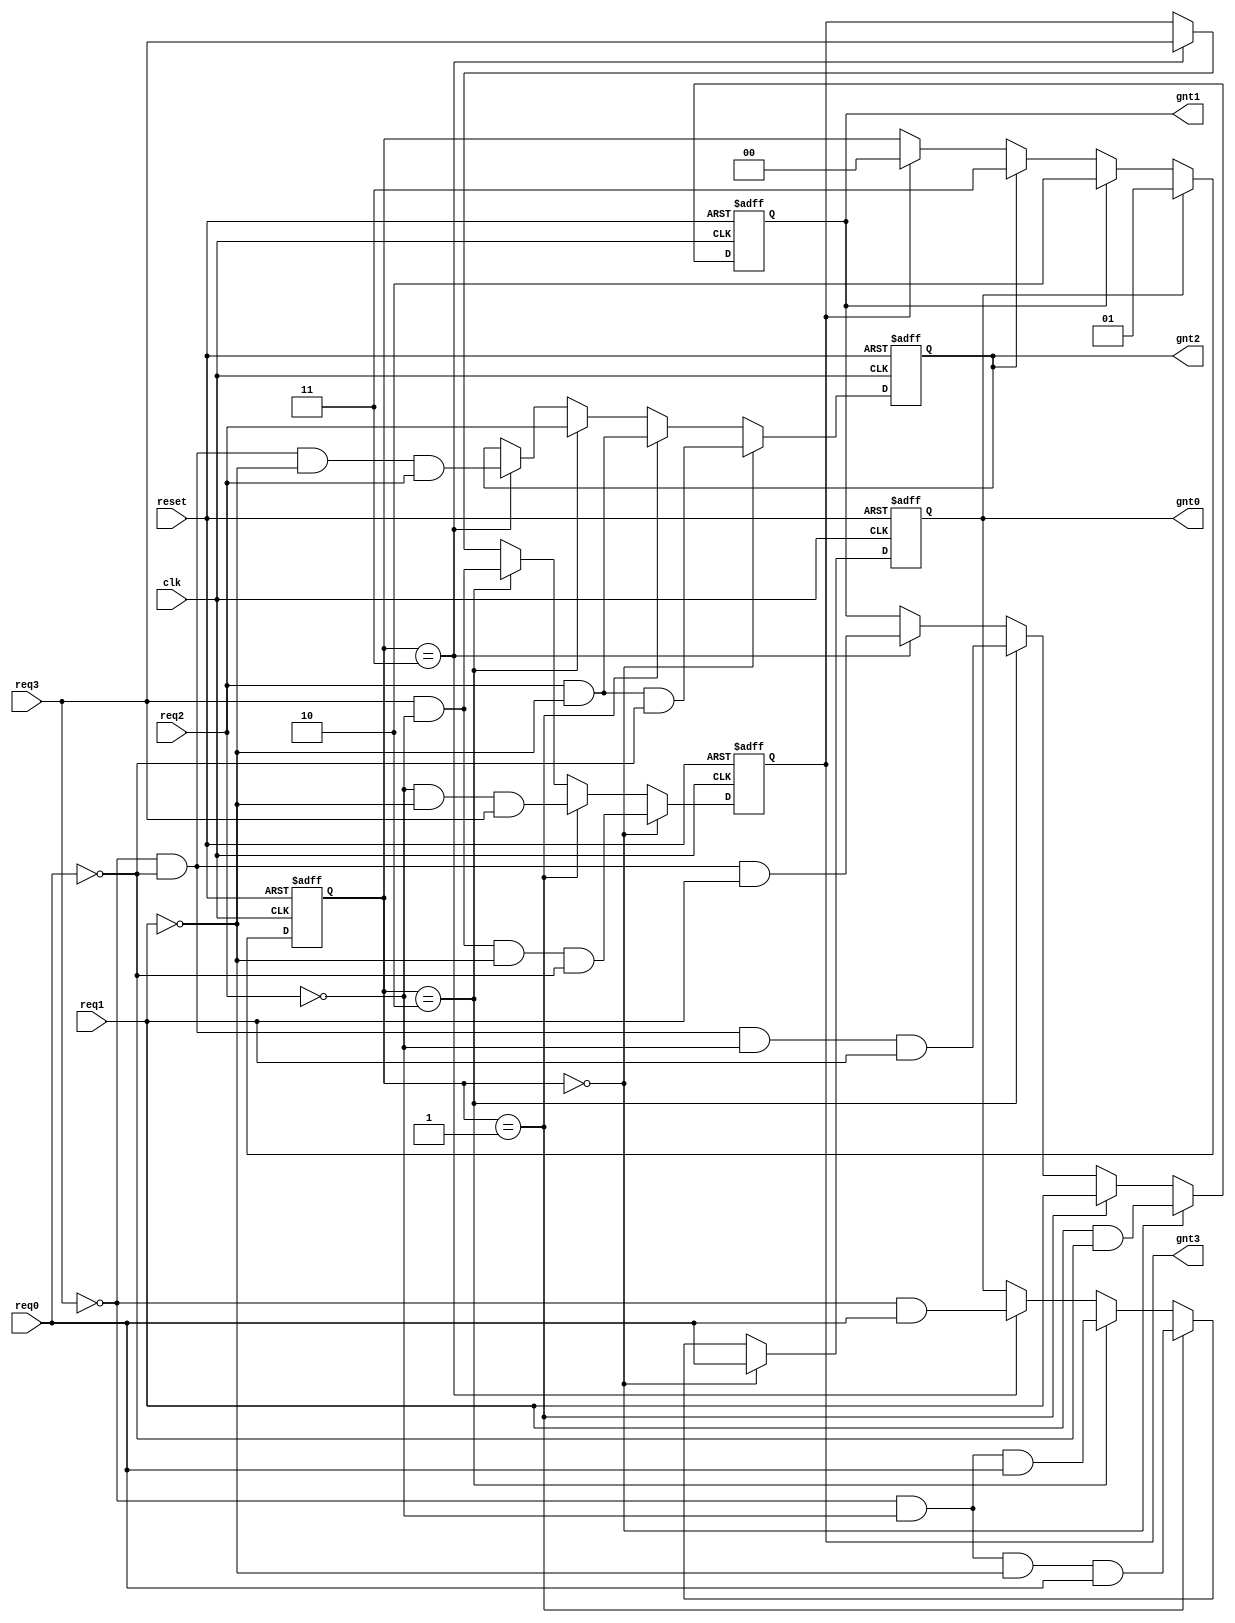
//----------------------------------------------------
// A four level, round-robin arbiter. 
// Nizar Dahir 2014
//----------------------------------------------------
module rr_arbiter (
  clk,    
  reset,    
  req0,   
  req1,   
  req2,   
  req3,   
  gnt0,   
  gnt1,   
  gnt2,   
  gnt3
);

// --------------Port Declaration----------------------- 
input           clk;    
input           reset;    

input           req0;   
input           req1;   
input           req2;   
input           req3;   
// input [1:0]     id; 
output  reg        gnt0;   
output  reg        gnt1;   
output  reg        gnt2;   
output  reg        gnt3;   

//--------------state register ----------------------- 
reg [1:0] state;

//--------------Code Starts Here----------------------- 
always @(posedge clk or posedge reset) begin
    if (reset) begin
	  
	  gnt0  <=  0;
	  gnt1  <=  0;
	  gnt2  <=  0;
	  gnt3  <=  0;
	  state <=  0;
	  
    end 
    else  begin 

//  shift priority only of a grant is given    
    if (gnt0) state <= 1;
    else if (gnt1) state <= 2;
    else if (gnt2) state <= 3;
    else if (gnt3) state <= 0;
    
      if (state==0)
	    begin 
		gnt0 <= req0;
		gnt1 <= req1 & !req0;
		gnt2 <= req2 & !req1 & !req0;
		gnt3 <= req3 & !req2 & !req1 & !req0;
// 		if (req0 | req1 | req2 | req3 ) state <= 1;
	     end
        else if (state==1)
	    begin
		gnt1 <= req1;
		gnt2 <= !req1 & req2;
		gnt3 <= !req2 & !req1 & req3;
		gnt0 <= !req3 & !req2 & !req1 & req0;
// 		if (req0 | req1 | req2 | req3 ) state <= 2;
	     end
        else if (state==2)
	    begin
		gnt2 <= req2;
		gnt3 <= !req2 & req3;
		gnt0 <= !req3 & !req2 & req0;
		gnt1 <= !req0 & !req3 & !req2 & req1;
// 		if (req0 | req1 | req2 | req3 )state <= 3;

	    end
        else if (state==3)
	    begin
		gnt3 <= req3;
		gnt0 <= !req3 & req0;
		gnt1 <= !req3 & !req0 & req1;
		gnt2 <= !req3 & !req0 & !req1 & req2;
// 		if (req0 | req1 | req2 | req3 ) state <= 0;
	    end
    end
end
    
endmodule